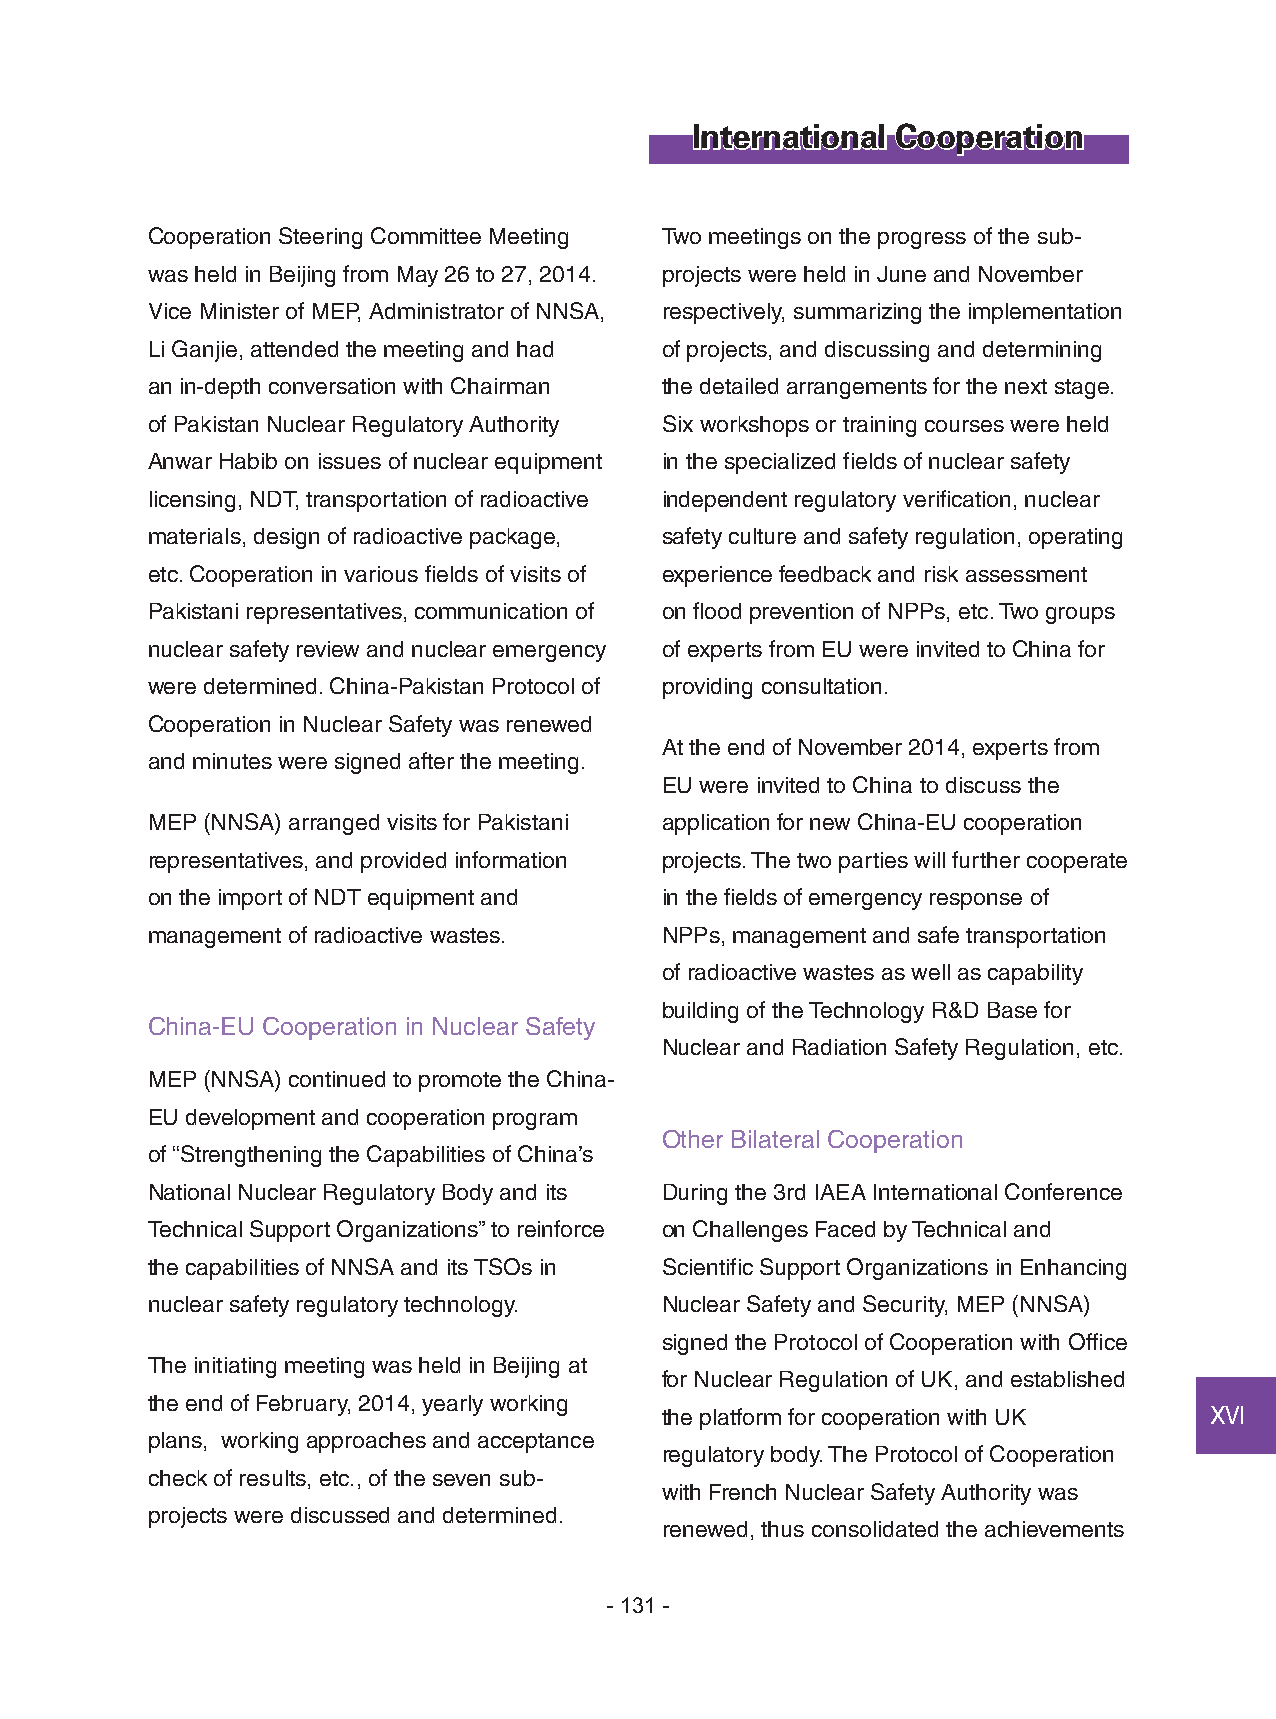
International Cooperation
 Cooperation Steering Committee Meeting Two meetings on the progress of the sub-
 was held in Beijing from May 26 to 27, 2014. projects were held in June and November
 Vice Minister of MEP, Administrator of NNSA, respectively, summarizing the implementation
 Li Ganjie, attended the meeting and had of projects, and discussing and determining
 an in-depth conversation with Chairman the detailed arrangements for the next stage.
 of Pakistan Nuclear Regulatory Authority Six workshops or training courses were held
 Anwar Habib on issues of nuclear equipment in the specialized fields of nuclear safety
 licensing, NDT, transportation of radioactive independent regulatory verification, nuclear
 materials, design of radioactive package, safety culture and safety regulation, operating
 etc. Cooperation in various fields of visits of experience feedback and risk assessment
 Pakistani representatives, communication of on flood prevention of NPPs, etc. Two groups
 nuclear safety review and nuclear emergency of experts from EU were invited to China for
 were determined. China-Pakistan Protocol of providing consultation.
 Cooperation in Nuclear Safety was renewed
 At the end of November 2014, experts from
 and minutes were signed after the meeting.
 EU were invited to China to discuss the
 MEP (NNSA) arranged visits for Pakistani application for new China-EU cooperation
 representatives, and provided information projects. The two parties will further cooperate
 on the import of NDT equipment and in the fields of emergency response of
 management of radioactive wastes. NPPs, management and safe transportation
 of radioactive wastes as well as capability
 building of the Technology R&D Base for
 China-EU Cooperation in Nuclear Safety
 Nuclear and Radiation Safety Regulation, etc.
 MEP (NNSA) continued to promote the China-
 EU development and cooperation program
 Other Bilateral Cooperation
 of “Strengthening the Capabilities of China’s
 National Nuclear Regulatory Body and its During the 3rd IAEA International Conference
 Technical Support Organizations” to reinforce on Challenges Faced by Technical and
 the capabilities of NNSA and its TSOs in Scientific Support Organizations in Enhancing
 nuclear safety regulatory technology. Nuclear Safety and Security, MEP (NNSA)
 signed the Protocol of Cooperation with Office
 The initiating meeting was held in Beijing at
 for Nuclear Regulation of UK, and established
 the end of February, 2014, yearly working
 the platform for cooperation with UK ⅩⅥ
 plans, working approaches and acceptance
 regulatory body. The Protocol of Cooperation
 check of results, etc., of the seven sub-
 with French Nuclear Safety Authority was
 projects were discussed and determined.
 renewed, thus consolidated the achievements
 - 131 -